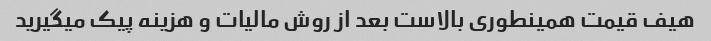
هیف قیمت همینطوری بالاست بعد از روش مالیات و هزینه پیک میگیرید